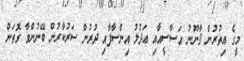
މީގެ އިތުރުން ޤާނޫނު އަސާސީއާއި ޢަދުލު އިންސާފާއި ދުރުން ސަރުކާރުން ބޭނުންވާ ގޮތަށް